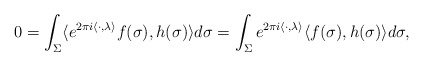
\begin{align*}0=\int_{\Sigma}\langle e^{2\pi i\langle \cdot, \lambda\rangle }f(\sigma),h(\sigma) \rangle d\sigma=\int_{\Sigma} e^{2\pi i\langle \cdot, \lambda\rangle }\langle f(\sigma),h(\sigma) \rangle d\sigma, \end{align*}